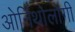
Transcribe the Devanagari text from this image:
ओर्निथोलोगी